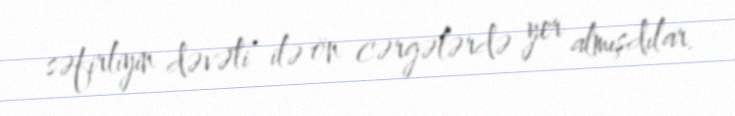
səfirliyin dəvəti ilə ön cərgələrdə yer almışdılar.